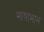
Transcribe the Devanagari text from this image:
भाषाभान